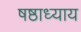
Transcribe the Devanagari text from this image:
षष्ठाध्याय